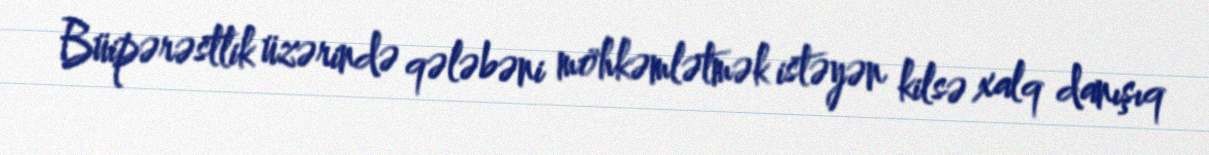
Büipərəstlik üzərində qələbəni möhkəmlətmək istəyən kilsə xalq danışıq